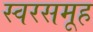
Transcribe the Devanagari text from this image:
स्वरसमूह